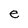
Character: e